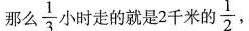
那么\frac{1}{3}小时走的就是2千米的\frac{1}{2}，